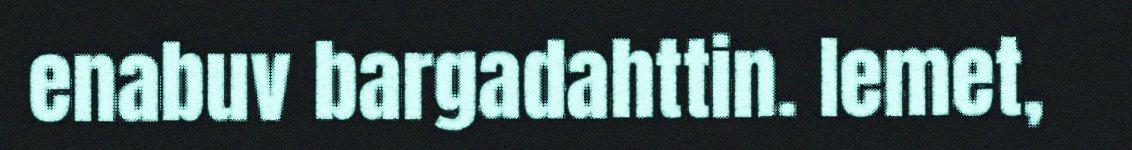
enabuv bargadahttin. Iemet,